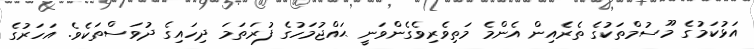
އަޅުކަމުގެ މޫސުމްތަކުގެ ތެރެއިން އެންމެ މަތިވެރިވެގެންވަނީ ޙައްޖުމަހުގެ ފުރަތަމަ ދިހައިގެ ދުވަސްތަކެވެ. އަހަރުގެ